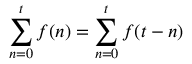
\sum _ { n = 0 } ^ { t } f ( n ) = \sum _ { n = 0 } ^ { t } f ( t - n ) \quad